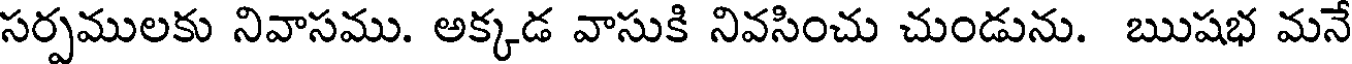
సర్పములకు నివాసము. అక్కడ వాసుకి నివసించు చుండును. ఋషభ మనే